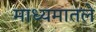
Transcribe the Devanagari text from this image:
माध्यमातले